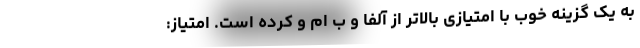
به یک گزینه خوب با امتیازی بالاتر از آلفا و ب ام و کرده است. امتیاز: